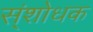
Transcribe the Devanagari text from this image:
स्ंशोधक